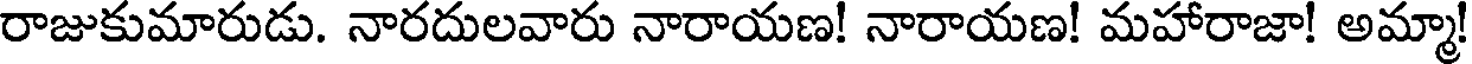
రాజుకుమారుడు. నారదులవారు నారాయణ! నారాయణ! మహారాజా! అమ్మా